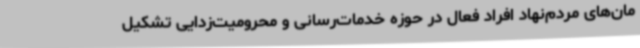
مان‌های مردم‌نهاد افراد فعال در حوزه خدمات‌رسانی و محرومیت‌زدایی تشکیل